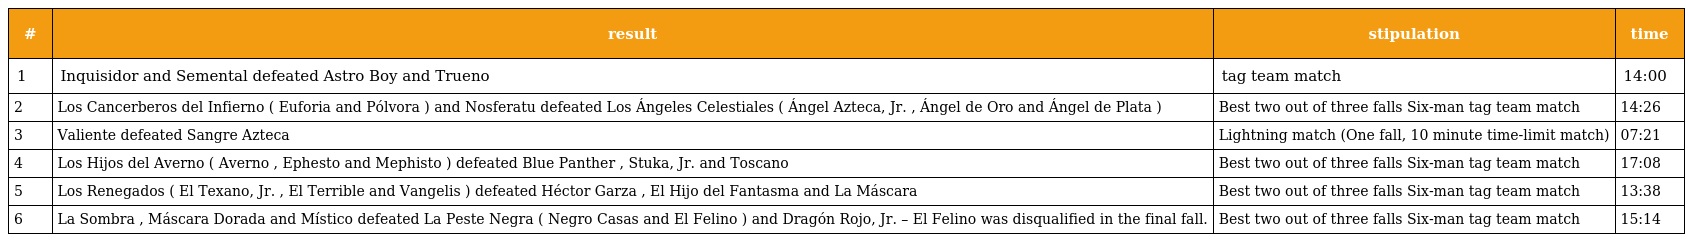
| # | result | stipulation | time |
 | --- | --- | --- | --- |
 | 1 | Inquisidor and Semental defeated Astro Boy and Trueno | tag team match | 14:00 |
 | 2 | Los Cancerberos del Infierno ( Euforia and Pólvora ) and Nosferatu defeated Los Ángeles Celestiales ( Ángel Azteca, Jr. , Ángel de Oro and Ángel de Plata ) | Best two out of three falls Six-man tag team match | 14:26 |
 | 3 | Valiente defeated Sangre Azteca | Lightning match (One fall, 10 minute time-limit match) | 07:21 |
 | 4 | Los Hijos del Averno ( Averno , Ephesto and Mephisto ) defeated Blue Panther , Stuka, Jr. and Toscano | Best two out of three falls Six-man tag team match | 17:08 |
 | 5 | Los Renegados ( El Texano, Jr. , El Terrible and Vangelis ) defeated Héctor Garza , El Hijo del Fantasma and La Máscara | Best two out of three falls Six-man tag team match | 13:38 |
 | 6 | La Sombra , Máscara Dorada and Místico defeated La Peste Negra ( Negro Casas and El Felino ) and Dragón Rojo, Jr. – El Felino was disqualified in the final fall. | Best two out of three falls Six-man tag team match | 15:14 |